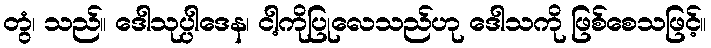
တွံ၊ သည်။ ဒေါသုပ္ပါဒေန၊ ငါ့ကိုပြုလေသည်ဟု ဒေါသကို ဖြစ်စေသဖြင့်။